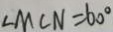
\angle M C N = 6 0 ^ { \circ }